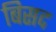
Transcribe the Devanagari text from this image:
बिसद